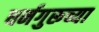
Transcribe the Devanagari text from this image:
धर्मगुरूच्या